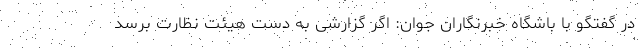
در گفتگو با باشگاه خبرنگاران جوان: اگر گزارشی به دست هیئت نظارت برسد